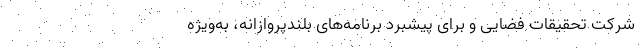
شرکت تحقیقات فضایی و برای پیشبرد برنامه‌های بلندپروازانه، به‌ویژه